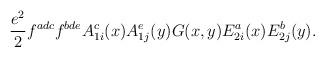
LaTeX: \begin{align*}{e^2\over 2} f^{adc}f^{bde}A^c_{1i}(x)A^e_{1j}(y)G(x,y)E^a_{2i}(x)E^b_{2j}(y).\end{align*}